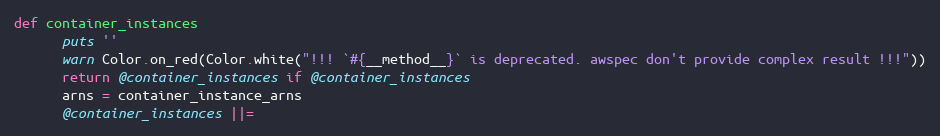
Language: Ruby
def container_instances
      puts ''
      warn Color.on_red(Color.white("!!! `#{__method__}` is deprecated. awspec don't provide complex result !!!"))
      return @container_instances if @container_instances
      arns = container_instance_arns
      @container_instances ||=